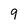
Character: 9